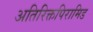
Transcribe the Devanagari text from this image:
अतिरिक्तपिरामिड